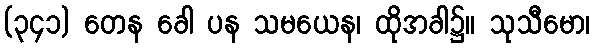
(၃၄၁) တေန ခေါ ပန သမယေန၊ ထိုအခါ၌။ သုသီမော၊